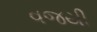
વજયી